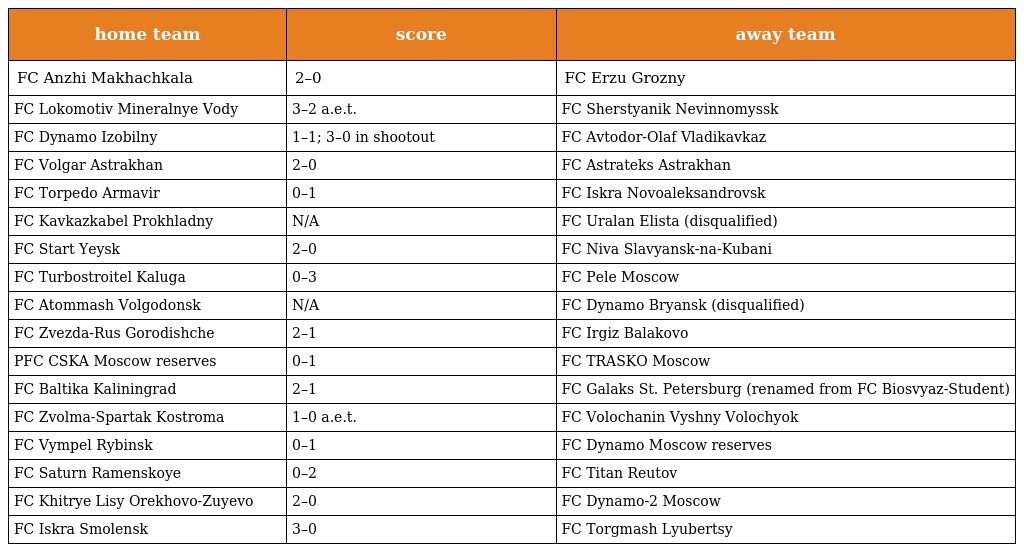
| home team | score | away team |
 | --- | --- | --- |
 | FC Anzhi Makhachkala | 2–0 | FC Erzu Grozny |
 | FC Lokomotiv Mineralnye Vody | 3–2 a.e.t. | FC Sherstyanik Nevinnomyssk |
 | FC Dynamo Izobilny | 1–1; 3–0 in shootout | FC Avtodor-Olaf Vladikavkaz |
 | FC Volgar Astrakhan | 2–0 | FC Astrateks Astrakhan |
 | FC Torpedo Armavir | 0–1 | FC Iskra Novoaleksandrovsk |
 | FC Kavkazkabel Prokhladny | N/A | FC Uralan Elista (disqualified) |
 | FC Start Yeysk | 2–0 | FC Niva Slavyansk-na-Kubani |
 | FC Turbostroitel Kaluga | 0–3 | FC Pele Moscow |
 | FC Atommash Volgodonsk | N/A | FC Dynamo Bryansk (disqualified) |
 | FC Zvezda-Rus Gorodishche | 2–1 | FC Irgiz Balakovo |
 | PFC CSKA Moscow reserves | 0–1 | FC TRASKO Moscow |
 | FC Baltika Kaliningrad | 2–1 | FC Galaks St. Petersburg (renamed from FC Biosvyaz-Student) |
 | FC Zvolma-Spartak Kostroma | 1–0 a.e.t. | FC Volochanin Vyshny Volochyok |
 | FC Vympel Rybinsk | 0–1 | FC Dynamo Moscow reserves |
 | FC Saturn Ramenskoye | 0–2 | FC Titan Reutov |
 | FC Khitrye Lisy Orekhovo-Zuyevo | 2–0 | FC Dynamo-2 Moscow |
 | FC Iskra Smolensk | 3–0 | FC Torgmash Lyubertsy |